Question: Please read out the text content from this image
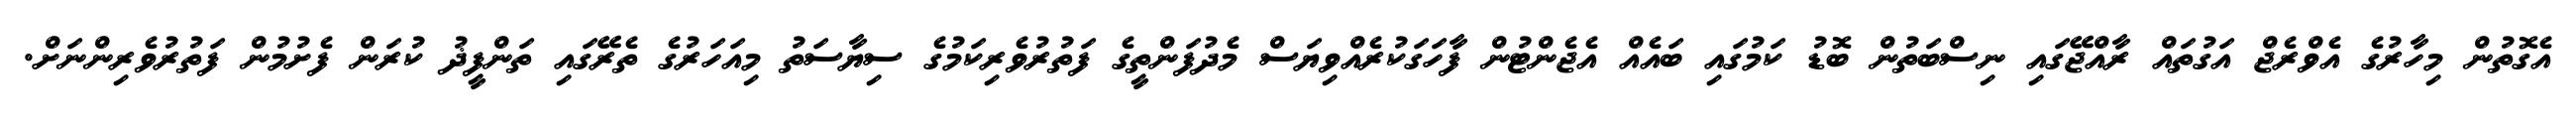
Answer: އެގޮތުން މިހާރުގެ އެވްރެޖް އަގުތައް ރާއްޖޭގައި ނިސްބަތުން ބޮޑު ކަމުގައި ބައެއް އެޖެންޓުން ފާހަގަކުރެއްވިޔަސް މެދުފަންތީގެ ފަތުރުވެރިކަމުގެ ސިޔާސަތު މިއަހަރުގެ ތެރޭގައި ތަންފީޛު ކުރަން ފެށުމުން ފަތުރުވެރިންނަށް.